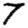
Digit: 7